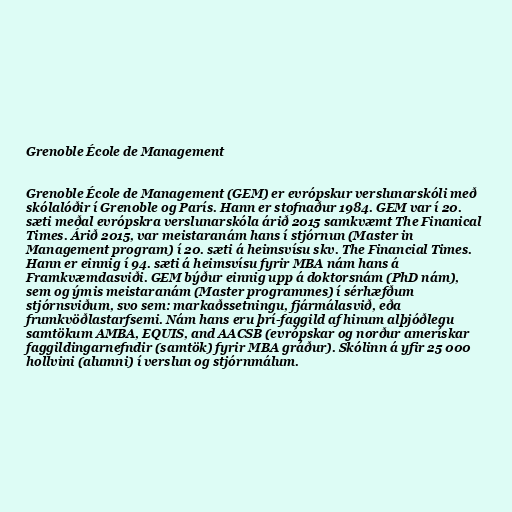
Grenoble École de Management

Grenoble École de Management (GEM) er evrópskur verslunarskóli með
skólalóðir í Grenoble og París. Hann er stofnaður 1984. GEM var í 20.
sæti meðal evrópskra verslunarskóla árið 2015 samkvæmt The Finanical
Times. Árið 2015, var meistaranám hans í stjórnun (Master in
Management program) í 20. sæti á heimsvísu skv. The Financial Times.
Hann er einnig í 94. sæti á heimsvísu fyrir MBA nám hans á
Framkvæmdasviði. GEM býður einnig upp á doktorsnám (PhD nám),
sem og ýmis meistaranám (Master programmes) í sérhæfðum
stjórnsviðum, svo sem: markaðssetningu, fjármálasvið, eða
frumkvöðlastarfsemi. Nám hans eru þrí-faggild af hinum alþjóðlegu
samtökum AMBA, EQUIS, and AACSB (evrópskar og norður amerískar
faggildingarnefndir (samtök) fyrir MBA gráður). Skólinn á yfir 25 000
hollvini (alumni) í verslun og stjórnmálum.